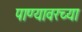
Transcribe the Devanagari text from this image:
पाण्यावरच्या